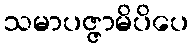
သမာပဇ္ဇာမိပိပေ